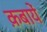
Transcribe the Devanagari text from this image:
क़बायें